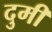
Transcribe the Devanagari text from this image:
दुमी